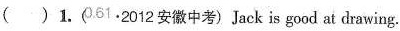
( )1.()61.2012安徽中考)Jack is good at drawing.